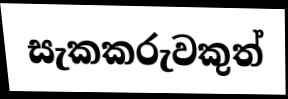
සැකකරුවකුත්